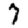
Digit: 7